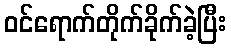
ဝင်ရောက်တိုက်ခိုက်ခဲ့ပြီး